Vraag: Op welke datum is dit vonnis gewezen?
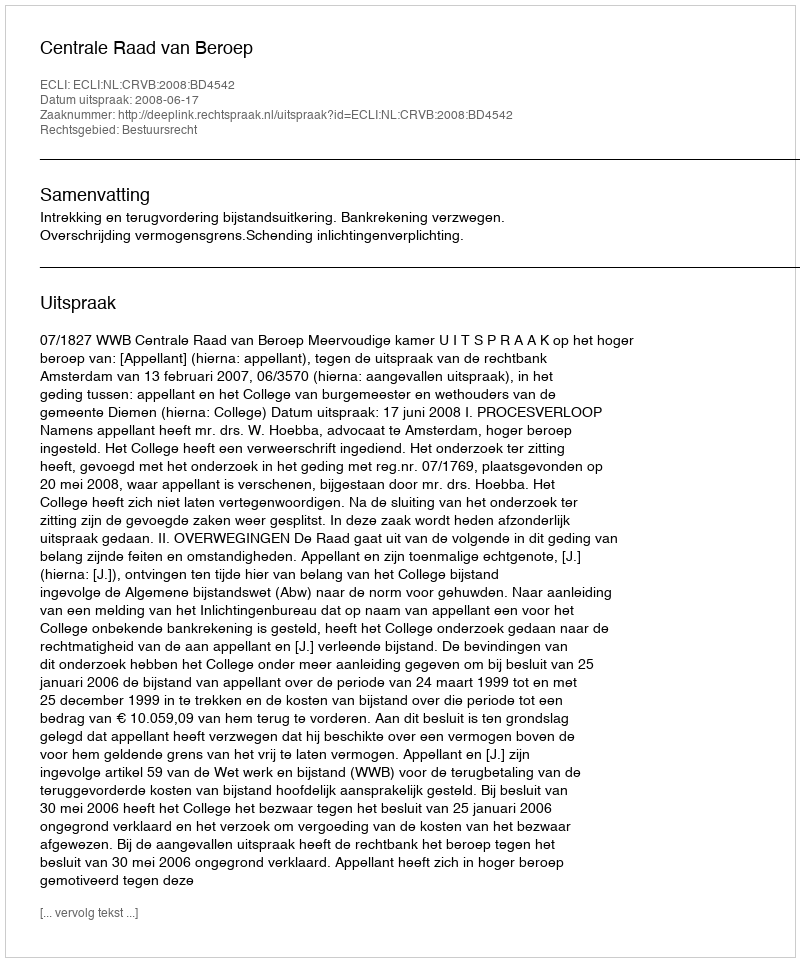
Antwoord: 2008-06-17